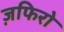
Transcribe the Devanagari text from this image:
ज़फिरो